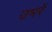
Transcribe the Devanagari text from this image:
उभरें